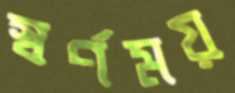
স্বর্ণময়